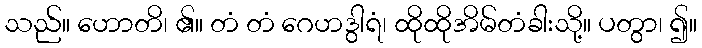
သည်။ ဟောတိ၊ ၏။ တံ တံ ဂေဟဒွါရံ၊ ထိုထိုအိမ်တံခါးသို့။ ပတွာ၊ ၍။